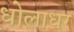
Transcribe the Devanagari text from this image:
धोलाधर